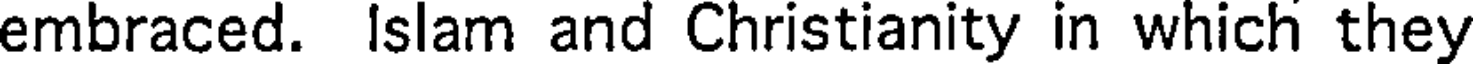
embraced. Islam and Christianity in which they